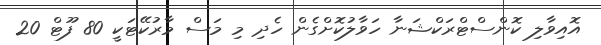
އޮއިވާލި ކޮންސްޓްރަކްޝަނާ ހަވާލުކޮށްގެން ހެދި މި މަސް މާރުކޭޓަކީ 80 ފޫޓް 20